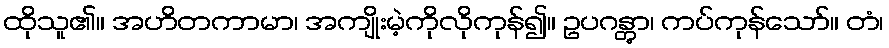
ထိုသူ၏။ အဟိတကာမာ၊ အကျိုးမဲ့ကိုလိုကုန်၍။ ဥပဂန္တွာ၊ ကပ်ကုန်သော်။ တံ၊